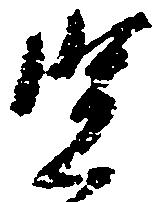
賢